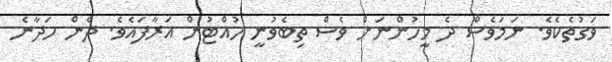
ވަގުތެކެވެ. ނަމަވެސް ދެ މީހުންނަށް ވެސް ތިބެވުނީ ހުއްޓުން އަރާފައެވެ. ދެން ހަދާނެ